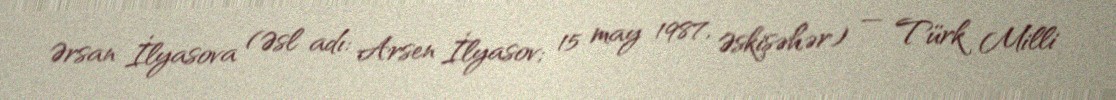
Ərsan İlyasova (Əsl adı: Arsen İlyasov; 15 may 1987, Əskişəhər) — Türk Milli